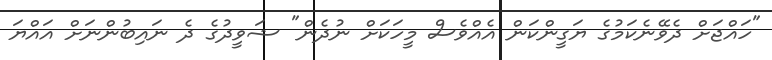
"ހައްޖަށް ދެވޭނެކަމުގެ ޔަގީންކަން އެއްވެސް މީހަކަށް ނުދެން" ޝަވީދުގެ ދެ ނައިބުންނަށް އައްޔަ